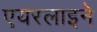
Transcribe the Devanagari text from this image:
एयरलाइने